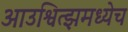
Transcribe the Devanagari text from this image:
आउश्वित्झमध्येच